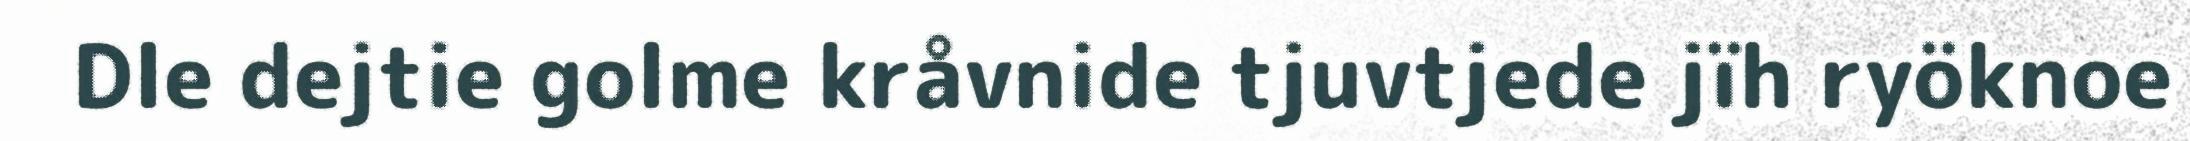
Dle dejtie golme kråvnide tjuvtjede jïh ryöknoe